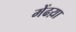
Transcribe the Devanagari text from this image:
मेंढय़ा